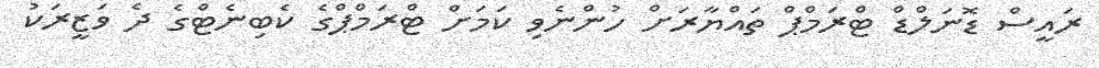
ރައީސް ޑޮނަލްޑް ޓްރަމްޕް ތައްޔާރަށް ހުންނެވި ކަމަށް ޓްރަމްޕްގެ ކެބިނެޓްގެ ދެ ވަޒީރަކު